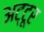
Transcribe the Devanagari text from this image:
अट्टूर